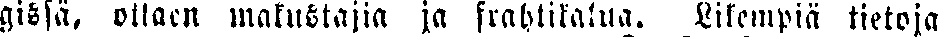
gissa, ottaen matkustajia ja frahtikalua. Likempiä tietoja